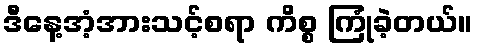
ဒီနေ့အံ့အားသင့်စရာ ကိစ္စ ကြုံခဲ့တယ်။